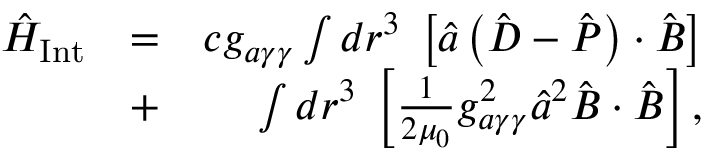
\begin{array} { r l r } { \hat { H } _ { \mathrm { I n t } } } & { = } & { c g _ { a \gamma \gamma } \int d \boldsymbol r ^ { 3 } \; \left[ \hat { a } \left( \hat { \boldsymbol D } - \hat { \boldsymbol P } \right) \cdot \hat { \boldsymbol B } \right] } \\ & { + } & { \int d \boldsymbol r ^ { 3 } \; \left[ \frac { 1 } { 2 \mu _ { 0 } } g _ { a \gamma \gamma } ^ { 2 } \hat { a } ^ { 2 } \hat { \boldsymbol B } \cdot \hat { \boldsymbol B } \right] , } \end{array}